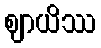
ဈာယိဿ